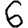
Digit: 6